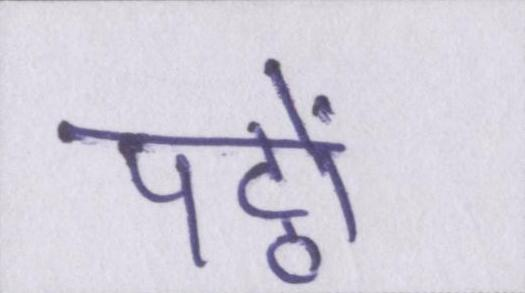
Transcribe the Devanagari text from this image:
पट्ठों